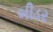
બીડર